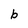
Character: b